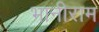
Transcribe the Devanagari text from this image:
भानीराम